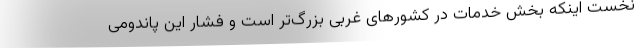
نخست اینکه بخش خدمات در کشورهای غربی بزرگ‌تر است و فشار این پاندومی